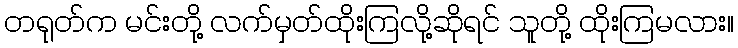
တရုတ်က မင်းတို့ လက်မှတ်ထိုးကြလို့ဆိုရင် သူတို့ ထိုးကြမလား။